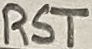
Text: RST